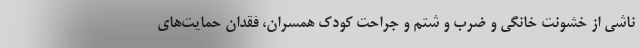
ناشی از خشونت خانگی و ضرب و شتم و جراحت کودک همسران، فقدان حمایت‌های